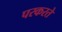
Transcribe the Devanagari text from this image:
परकरते